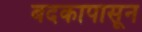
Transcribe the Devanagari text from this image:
बदकापासून